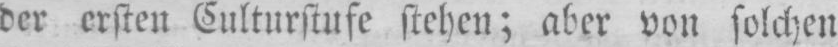
der ersten Culturstufe stehen; aber von solchen